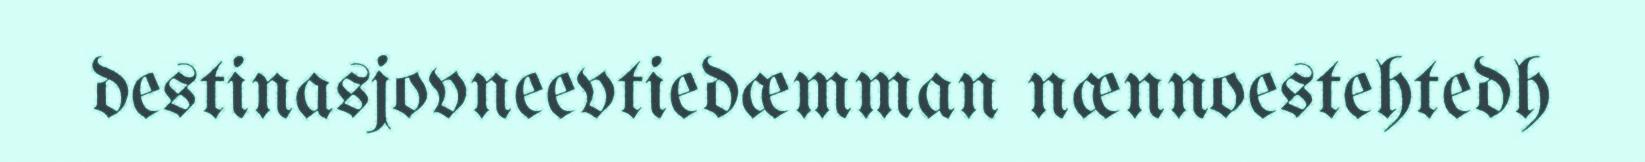
destinasjovneevtiedæmman nænnoestehtedh